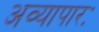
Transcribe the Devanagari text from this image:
अव्यापारः